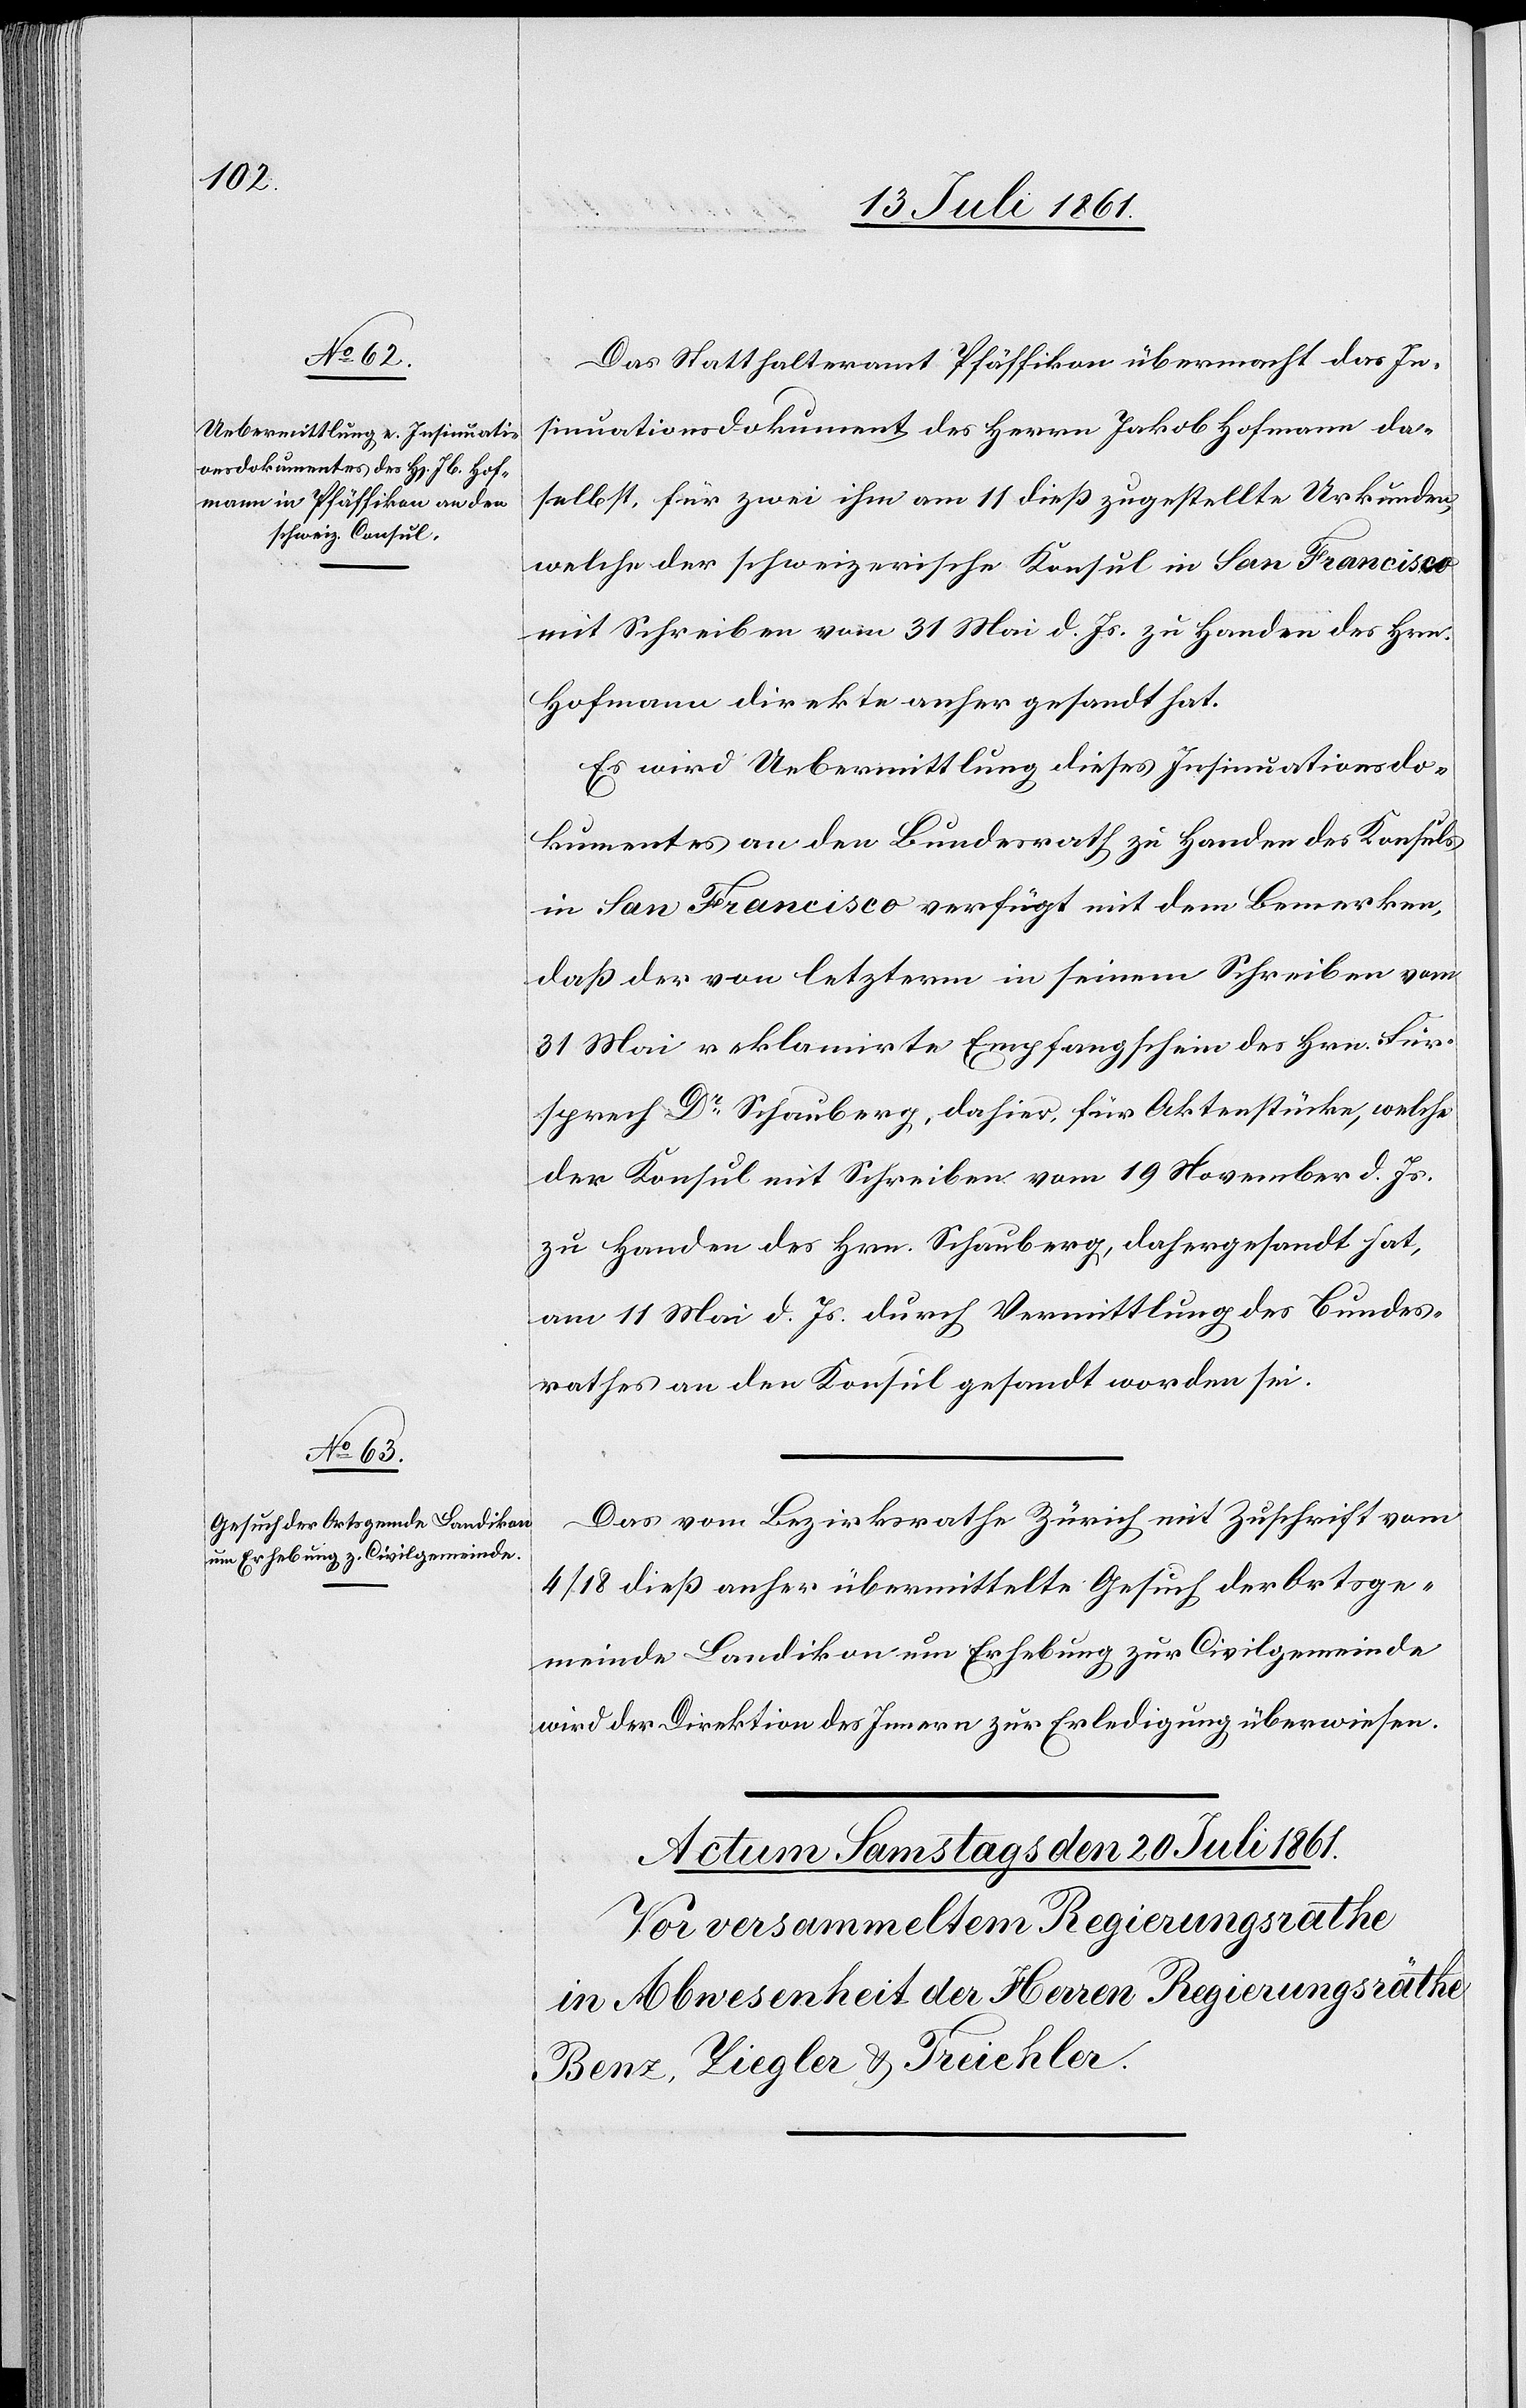
19 Juli 1861.]
Das Statthalteramt Pfäffikon übermacht das In¬
sinuationsdokument des Herrn Jakob Hofmann da¬
selbst, für zwei ihm am 11 dieß zugestellte Urkunde,
welche der schweizerische Konsul in San Francisco
mit Schreiben vom 31 Mai d. Js. zu Handen des Hrn.
Hofmann direkte anher gesandt hat.
Es wird Uebermittlung dieses Insinuationsdo¬
kumentes an den Bundesrath zu Handen des Konsuls
in San Francisco verfügt mit dem Bemerken,
daß der von letzterm in seinem Schreiben vom
31 Mai reklamirte Empfangsschein des Hrn. Für¬
sprech Dr Schauberg dahier, für Aktenstücke, welche
der Konsul mit Schreiben vom 19 November d. Js.
zu Handen des Hrn. Schauberg dahergesandt hat,
am 11 Mai d. Js. durch Vermittlung des Bundes¬
rathes an den Konsul gesandt worden sei.
Das vom Bezirksrathe Zürich mit Zuschrift vom
den
4/18 dieß anher übermittelte Gesuch der Ortsge¬
meinde Landikon um Erhebung zur Civilgemeinde
wird der Direktion des Innern zur Erledigung überwiesen.